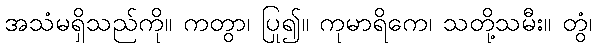
အသံမရှိသည်ကို။ ကတွာ၊ ပြု၍။ ကုမာရိကေ၊ သတို့သမီး။ တွံ၊